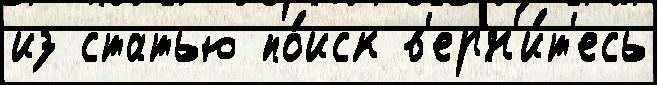
из статью по́иск в'ерн'и́т'есь